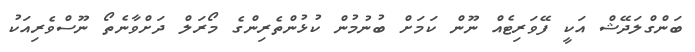
ބަންގްލަދޭޝް އަކީ ފޭވަރިޓެއް ނޫން ކަމަށް ބުނުމުން ކުޅުންތެރިންގެ މޯރަލް ދަށްވާނެތޯ ނޫސްވެރިއަކު